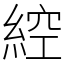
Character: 𦁈